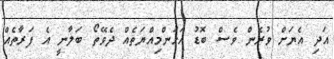
އަދި އެޔަށް ވުރެން ވެސް ބޮޑު އަހަންމިއްޔަތެއް ދެވޭތޯ ބަލާނީ އެ ފަރާތެއް